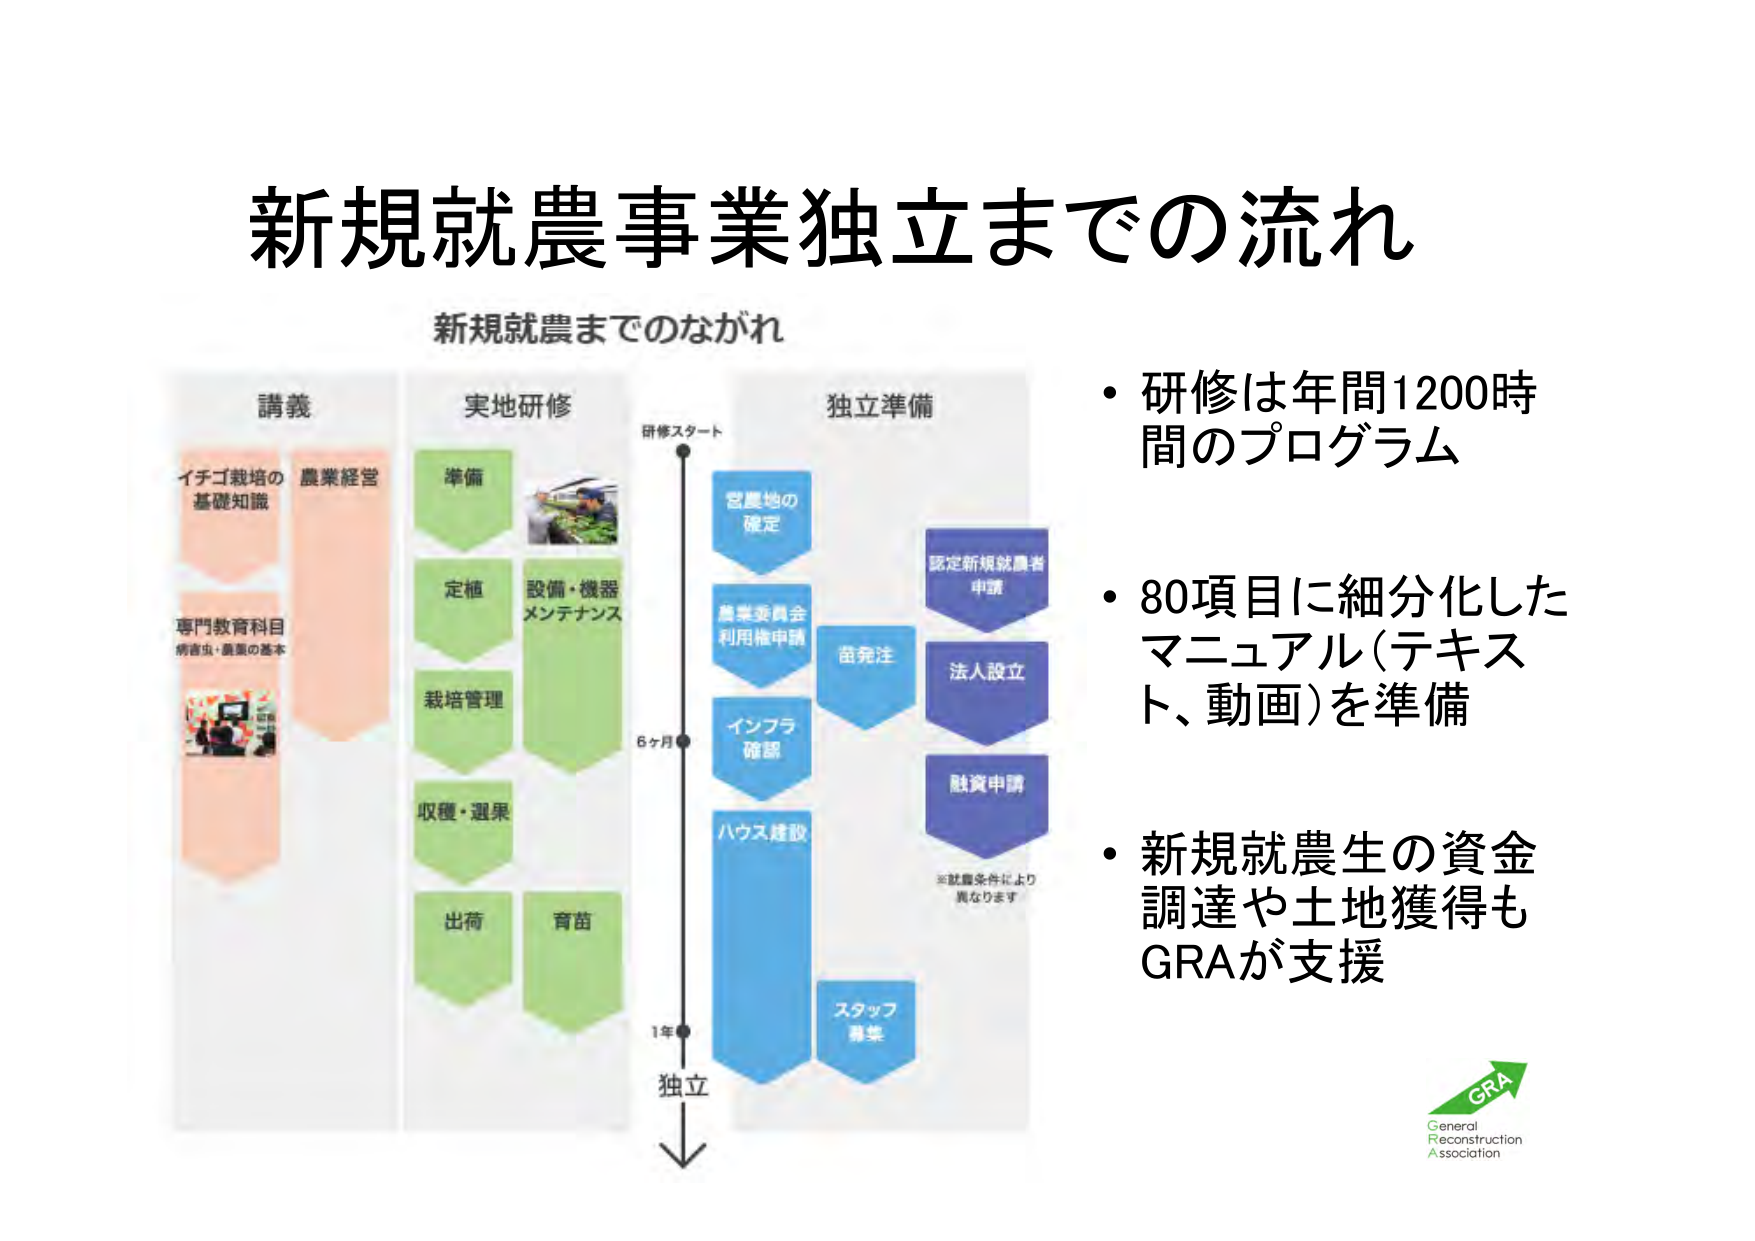
新規就農事業独立までの流れ

新規就農までのながれ

講義
イチゴ栽培の
基礎知識
農業経営
専門教育科目
病害虫・農薬の基本

実地研修
準備
定植
設備・機器
メンテナンス
栽培管理
収穫・選果
出荷
育苗

研修スタート
6ヶ月
1年
独立

独立準備
営農地の
確定
農業委員会
利用権申請
インフラ
確認
ハウス建設
苗発注
法人設立
融資申請
スタッフ
募集
※就農条件により
異なります

・研修は年間1200時間のプログラム
・80項目に細分化したマニュアル（テキスト、動画）を準備
・新規就農生の資金調達や土地獲得もGRAが支援

GRA
General
Reconstruction
Association